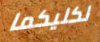
لكليكما